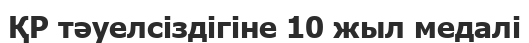
ҚР тәуелсіздігіне 10 жыл медалі